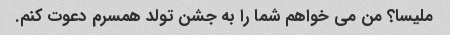
ملیسا؟ من می خواهم شما را به جشن تولد همسرم دعوت کنم.